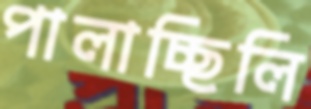
পালাচ্ছিলি